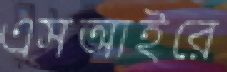
এসআইরে